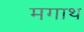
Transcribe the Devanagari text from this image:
मगाथ